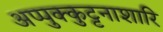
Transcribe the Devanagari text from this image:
अप्पुक्कुट्टनाशारि